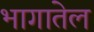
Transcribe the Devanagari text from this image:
भागातेल